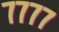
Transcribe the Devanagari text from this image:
७७७७